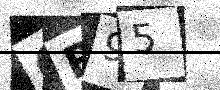
Text: QR95